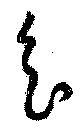
會